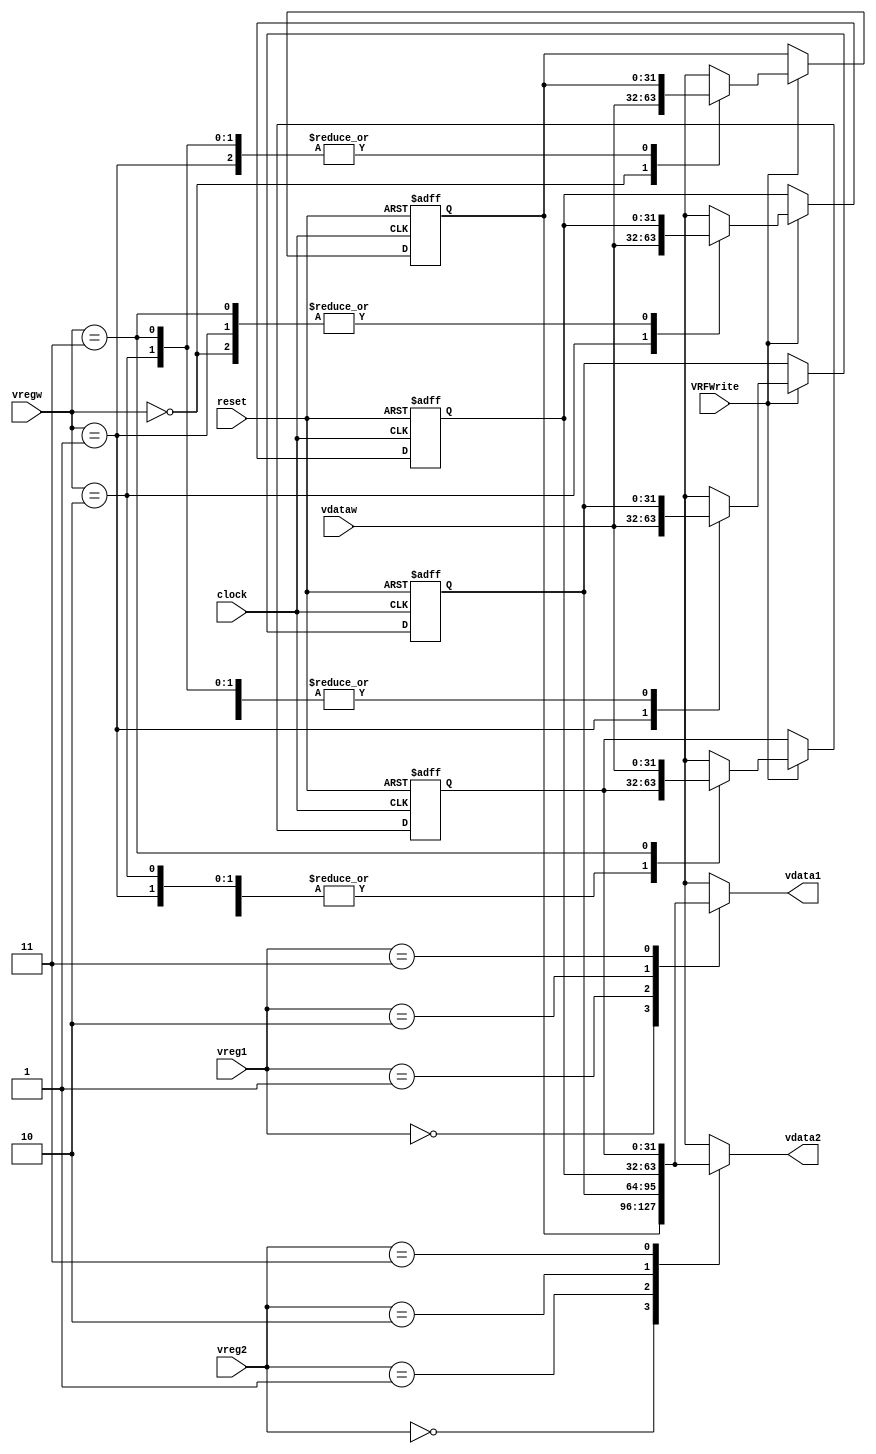
/* A Vector Register File (VRF) with 4 4x8b registers V0 through V1. The register file has two read ports. The read ports are (vreg1, vdata1) and (vreg2, vdata2) where vreg1 and vreg2 register numbers (2b) and vdata1 and vdata2 are 4x8b values. The read ports are combinatorial, no clock is needed. There is a single write port (vregw,vdataw,VRFWrite) where vregw a 2b register number, vdataw a 4x8b data values, and VRFwrite the write enable signal. This is edge triggered. */

module VRF
(
clock, vreg1, vreg2, vregw,
vdataw, VRFWrite, vdata1, vdata2,
//v0, v1, v2, v3, 
reset
);

// ------------------------ PORT declaration ------------------------ //
input clock;
input [1:0] vreg1, vreg2, vregw;
input [31:0] vdataw;
input VRFWrite;
input reset;
output [31:0] vdata1, vdata2;
//output [31:0] v0, v1, v2, v3;

// ------------------------- Registers/Wires ------------------------ //
reg [31:0] k0, k1, k2, k3;
reg [31:0] data1_tmp, data2_tmp;

// Asynchronously read data from two registers
always @(*)
begin
	case (vreg1)
		0: data1_tmp = k0;
		1: data1_tmp = k1;
		2: data1_tmp = k2;
		3: data1_tmp = k3;
	endcase
	case (vreg2)
		0: data2_tmp = k0;
		1: data2_tmp = k1;
		2: data2_tmp = k2;
		3: data2_tmp = k3;
	endcase
end

// Synchronously write data to the register file;
// also supports an asynchronous reset, which clears all registers
always @(posedge clock or posedge reset)
begin
	if (reset) begin
		k0 = 0;
		k1 = 0;
		k2 = 0;
		k3 = 0;
	end	else begin
		if (VRFWrite) begin
			case (vregw)
				0: k0 = vdataw;
				1: k1 = vdataw;
				2: k2 = vdataw;
				3: k3 = vdataw;
			endcase
		end
	end
end

// Assign temporary values to the outputs
assign vdata1 = data1_tmp;
assign vdata2 = data2_tmp;

/* assign v0 = k0;
assign v1 = k1;
assign v2 = k2;
assign v3 = k3; */

endmodule